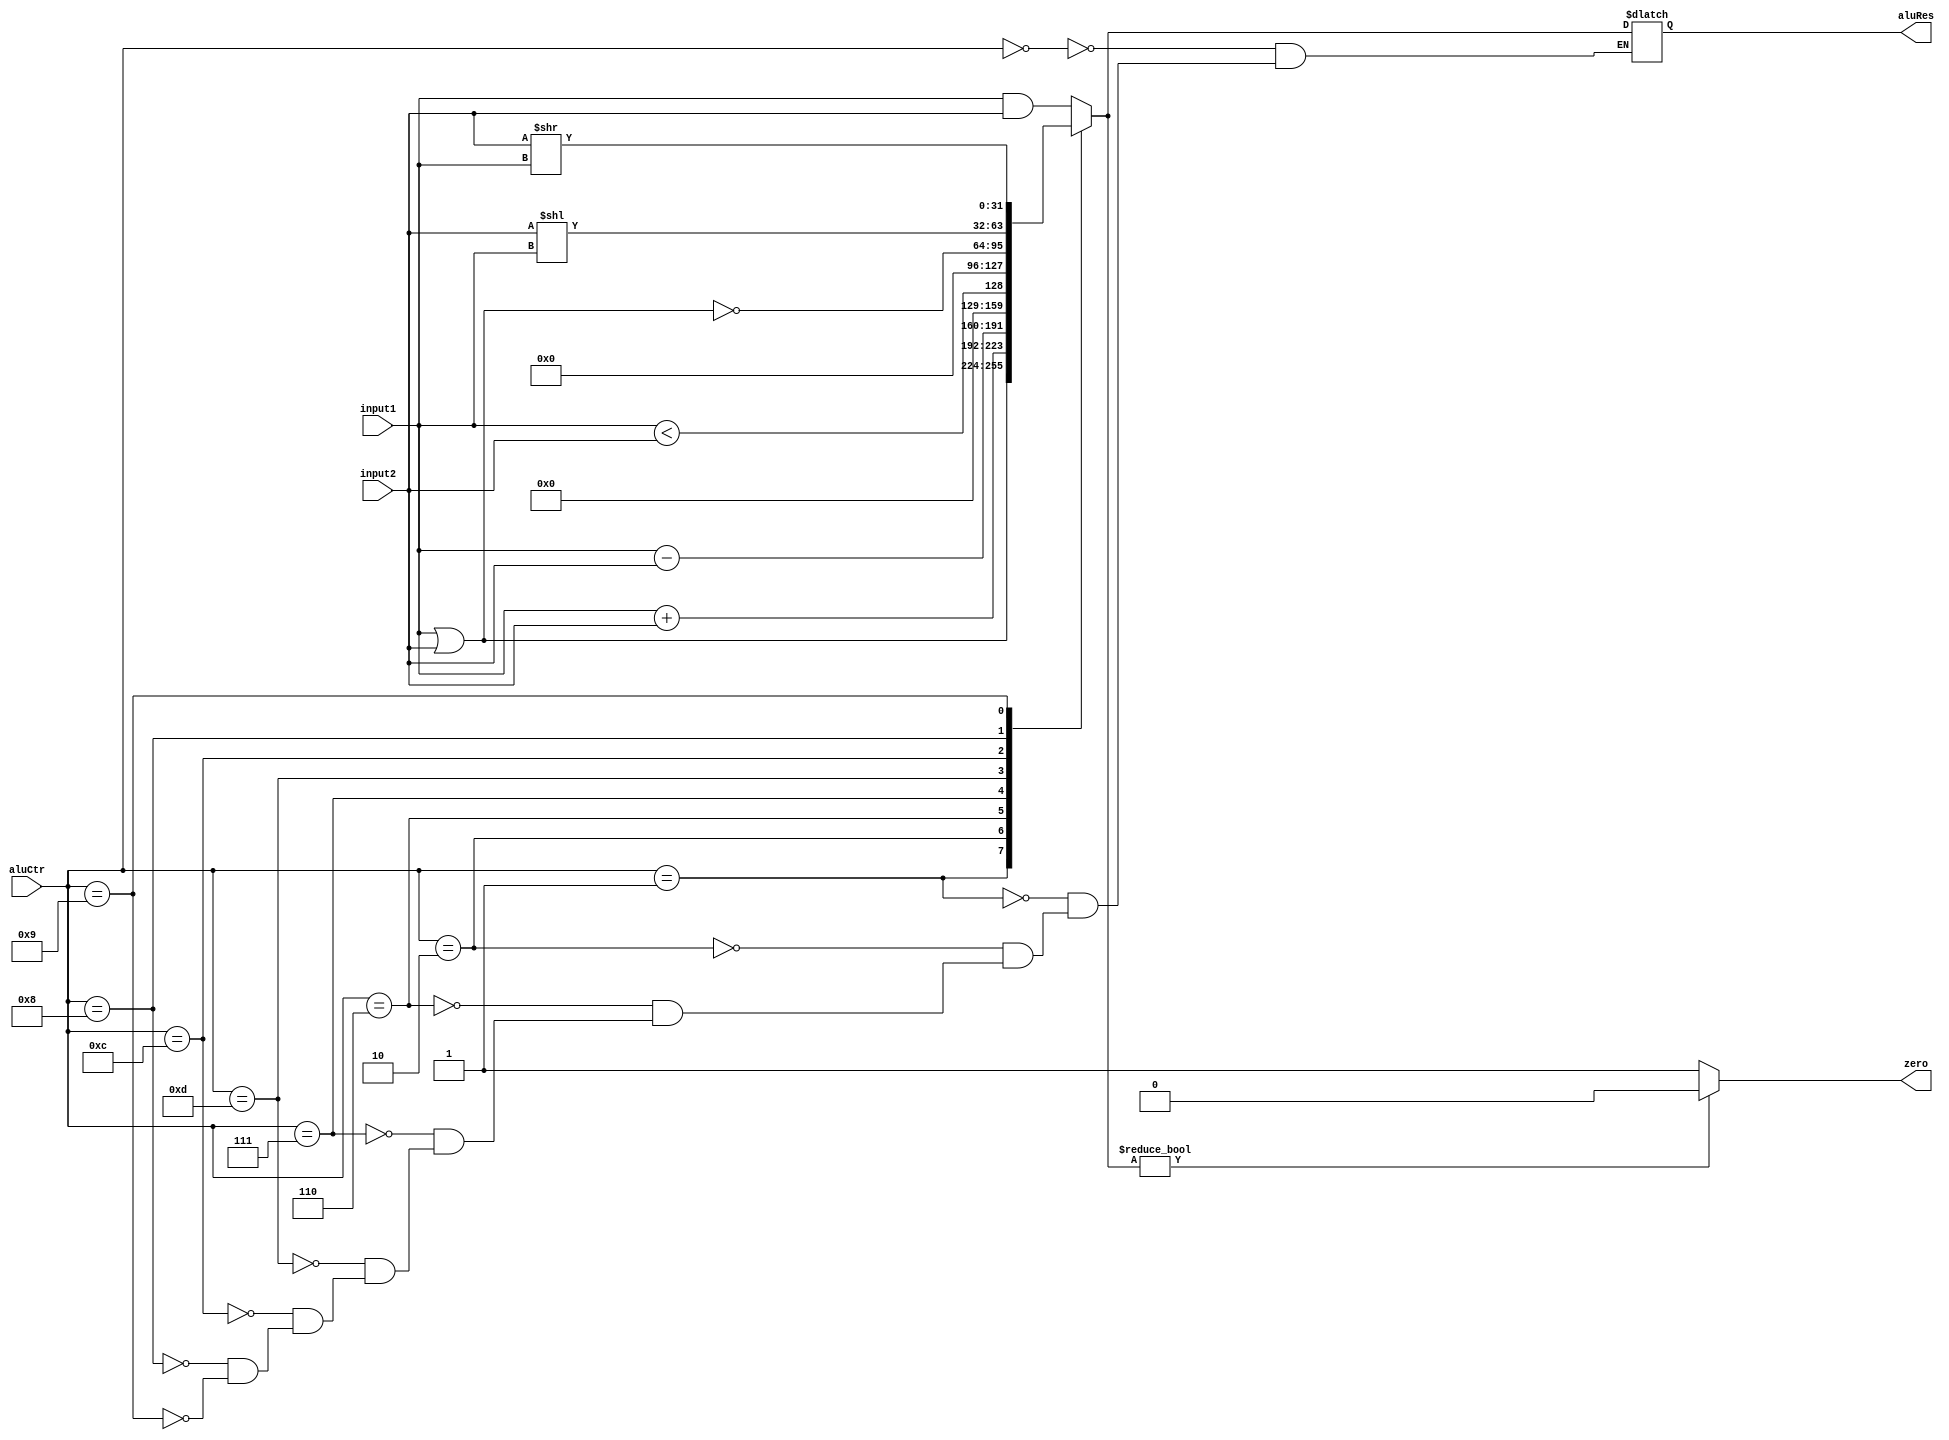
`timescale 1ns / 1ps
//////////////////////////////////////////////////////////////////////////////////
// Company: 
// Engineer: 
// 
// Design Name: 
// Module Name: alu
// Project Name: 
// Target Devices: 
// Tool Versions: 
// Description: 
// 
// Dependencies: 
// 
// Revision:
// Revision 0.01 - File Created
// Additional Comments:
// 
//////////////////////////////////////////////////////////////////////////////////


module alu(
   input [31:0] input1,
   input [31:0] input2,
   input [3:0] aluCtr,
   output reg  zero,
   output reg [31:0] aluRes
    );
    integer i1,i2;
   always @(input1 or input2 or aluCtr)
   begin 
   case (aluCtr)
   4'b0000: aluRes=input1 & input2; //and
   4'b0001: aluRes=input1 | input2;  //or
   4'b0010: aluRes=input1 +input2;   //add
   4'b0110: aluRes=input1-input2;   //sub
   4'b0111: 
   begin
   i1=input1;i2=input2;
   aluRes=i1 < i2; //slt 
   end
   4'b1101: aluRes=0; //nothing
   4'b1100: //nor
    begin
    aluRes= input1|input2;
    aluRes= ~aluRes;
    end 
   4'b1000://sl
    aluRes=input2<<input1;

   4'b1001://sr
    aluRes=input2>>input1;
   endcase
   
   if (aluRes) zero=0;
   else zero=1;
   end 
    
endmodule